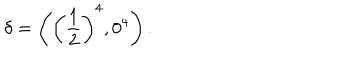
\delta = \left( \left( \frac { 1 } { 2 } \right) ^ { 4 } , 0 ^ { 4 } \right) .